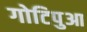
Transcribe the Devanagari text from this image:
गोटिपुआ